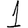
Digit: 1